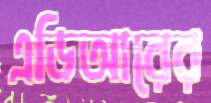
এডিআরের